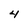
Character: 4